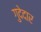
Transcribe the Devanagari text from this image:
गुदेदार